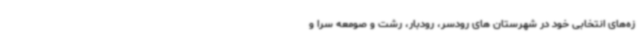
زه‌های انتخابی خود در شهرستان های رودسر، رودبار، رشت و صومعه سرا و